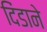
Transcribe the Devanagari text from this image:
दिंडाने